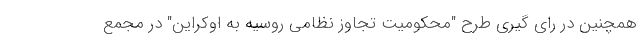
همچنین در رای گیری طرح "محکومیت تجاوز نظامی روسیه به اوکراین" در مجمع